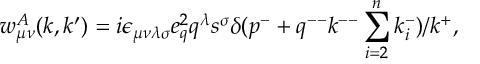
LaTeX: w _ { \mu \nu } ^ { A } ( k , k ^ { \prime } ) = i \epsilon _ { \mu \nu \lambda \sigma } e _ { q } ^ { 2 } q ^ { \lambda } s ^ { \sigma } \delta ( p ^ { - } + q ^ { -- } k ^ { -- } \sum _ { i = 2 } ^ { n } k _ { i } ^ { - } ) / k ^ { + } ,